Indian journal of veterinary science and animal husbandry - Volume 6,
Year: 1936
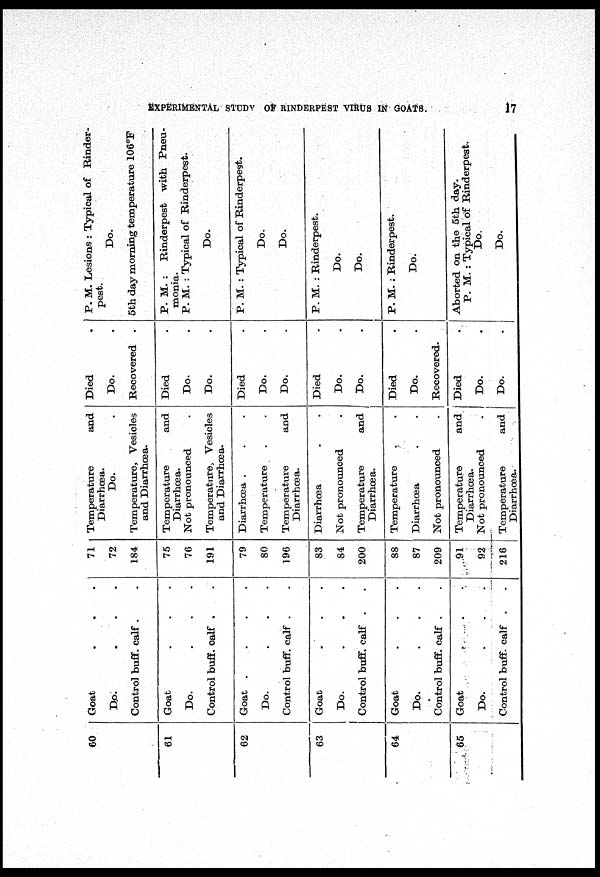
EXPERIMENTAL STUDY OF RINDERPEST VIRUS IN GOATS.
17
60
61
62
63
64
65
Goat . . .
Do. . . .
Control buff. calf . .
Goat . . .
Do.
.
.
.
Control buff. calf . .
Goat
.
.
.
.
Do.
.
.
.
Control buff. calf . .
Goat . . .
Do.
.
.
.
Control buff. calf . .
Goat . . .
Do.
.
.
.
Control buff. calf . .
Goat . . .
Do.
.
.
.
Control buff. calf . .
71
72
184
75
76
191
79
80
196
83
84
200
88
87
209
91
92
216
Temperature and
Diarrhœa.
Do.
.
Temperature, Vesicles
and Diarrhœa.
Temperature and
Diarrhœa.
Not pronounced
.
Temperature. Vesicles
and Diarrhœa.
Diarrhœa .
.
.
Temperature . .
Temperature and
Diarrhœa.
Diarrhœa
. .
Not pronounced
.
Temperature
and
Diarrhœa.
Temperature
.
.
Diarrhœa . .
Not pronounced
.
Temperature and
Diarrhœa.
Not pronounced .
Temperature and
Diarrhoea.
Died .
Do. .
Recovered .
Died .
Do. .
Do. .
Died .
Do. .
Do. .
Died .
Do. .
Do. .
Died .
Do.
Recovered.
Died .
Do. .
Do. .
P. M. Lesions : Typical of Rinder-
pest.
Do.
5th day morning temperature 106°F
P. M. : Rinderpest with Pneu-
monia.
P. M. : Typical of Rinderpest.
Do.
P. M. : Typical of Rinderpest.
Do.
Do.
P. M. : Rinderpest.
Do.
Do.
P. M. : Rinderpest.
Do.
Aborted on the 5th day.
P. M. : Typical of Rinderpest.
Do.
Do.